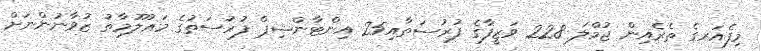
މިފެއަރގެ ތެރެއިން ޖުމްލަ 228 ވަޒީފާގެ ފުރުސަތާއި25 އިންޓާންޝިޕް ފުރުސަތުގެ މަޢުލޫމާތު ޒުވާނުންނަށް